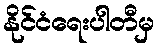
နိုင်ငံရေးပါတီမှ